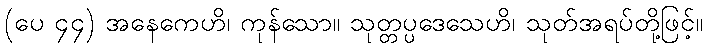
(ပေ ၄၄) အနေကေဟိ၊ ကုန်သော။ သုတ္တပ္ပဒေသေဟိ၊ သုတ်အရပ်တို့ဖြင့်။